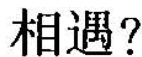
相遇?